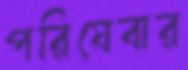
পরিষেবার